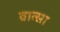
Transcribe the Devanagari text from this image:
व्रात्सा